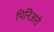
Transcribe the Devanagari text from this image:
पिनिअरो